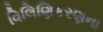
વિલિણિકરણના